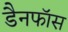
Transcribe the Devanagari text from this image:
डैनफॉस